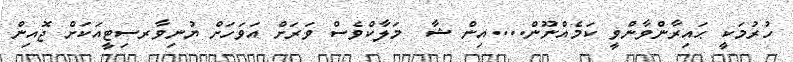
ހުރުމަކީ ޙައިރާންވާންވީ ކަމެއްނޫން....އިން ޝާ  މަލާކްވެސް ވަރަށް އަވަހަށް ޔުނިވާރސިޓީއަކަށް ޖޮއިން